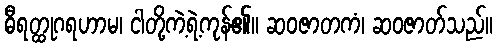
ဓီရတ္ထုဂရဟာမ၊ ငါတို့ကဲ့ရဲ့ကုန်၏။ ဆဝဇာတကံ၊ ဆဝဇာတ်သည်။